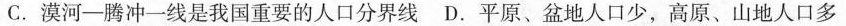
C.漠河-腾冲一线是我国重要的人口分界线 D.平原、盆地人口少，高原、山地人口多